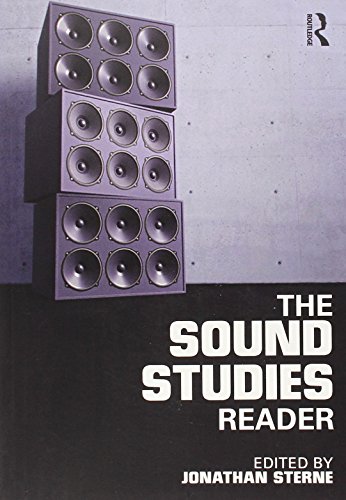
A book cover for The Sound Studies Reader; Arts & Photography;